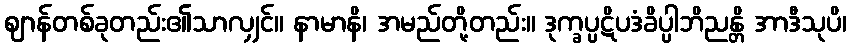
ဈာန်တစ်ခုတည်း၏သာလျှင်။ နာမာနိ၊ အမည်တို့တည်း။ ဒုက္ခပ္ပဋိပဒံခိပ္ပါဘိညန္တိ အာဒီသုပိ၊